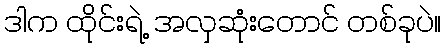
ဒါက ထိုင်းရဲ့ အလှဆုံးတောင် တစ်ခုပဲ။